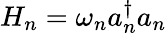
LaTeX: H_{n}=\omega_{n}a_{n}^{\dagger}a_{n}